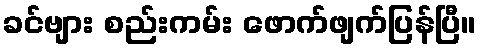
ခင်ဗျား စည်းကမ်း ဖောက်ဖျက်ပြန်ပြီ။